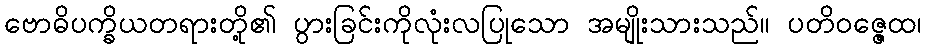
ဗောဓိပက္ခိယတရားတို့၏ ပွားခြင်းကိုလုံးလပြုသော အမျိုးသားသည်။ ပတိဝဇ္ဇေထ၊